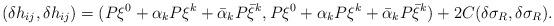
LaTeX: \begin{align*}(\delta h_{ij}, \delta h_{ij}) = (P\xi^0+\alpha_k P\xi^{k}+\bar\alpha_k P\bar\xi^{k}, P\xi^0+\alpha_kP\xi^{k}+ \bar\alpha_k P\bar\xi^{k})+ 2C(\delta\sigma_R, \delta\sigma_R).\end{align*}